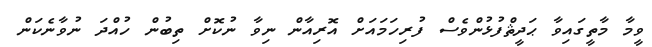
ވީމާ މާތީގައިވާ ޙަދީޘްފުޅުންވެސް ފުރިހަމައަށް އޮރިއާން ނިވާ ނުކޮށް ތިބުން ހުއްދަ ނުވާނެކަން